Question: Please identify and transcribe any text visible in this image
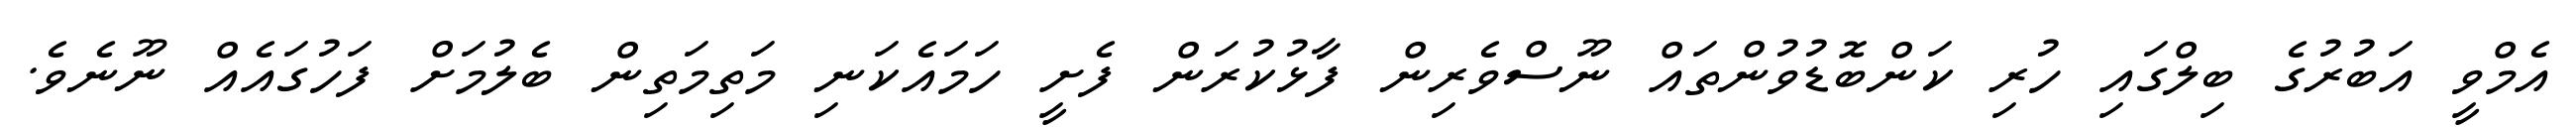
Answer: އެމްވީ އަބުރުގެ ބިލްގައި ހުރި ކަންބޮޑުވުންތައް ނޫސްވެރިން ފާޅުކުރަން ފެށީ ހަމައެކަނި މަތިމަތިން ބެލުމަށް ފަހުގައެއް ނޫނެވެ.